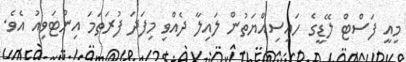
މިއީ ފަސްޓް ލޭޑީގެ ހައިސިއްޔަތުން ލައިލާ ދެއްވި މިފަދަ ފުރަތަމަ އިންޓަވިއު އެވެ.